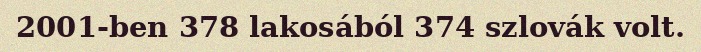
2001-ben 378 lakosából 374 szlovák volt.